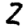
Digit: 2